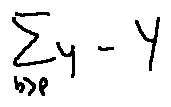
\sum \limits _ { b > p } y - Y